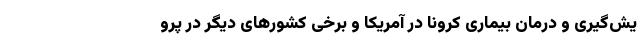
یش‌گیری و درمان بیماری کرونا در آمریکا و برخی کشورهای دیگر در پرو